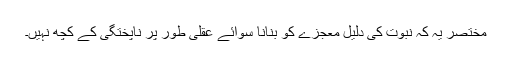
مختصر یہ کہ نبوت کی دلیل معجزے کو بنانا سوائے عقلی طور پر ناپختگی کے کچھ نہیں۔